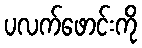
ပလက်ဖောင်းကို